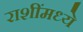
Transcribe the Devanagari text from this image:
राशींमध्ये